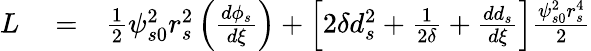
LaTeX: \begin{array}{rlr}{L}&{{}=}&{\frac{1}{2}\psi_{s0}^{2}r_{s}^{2}\left(\frac{d\phi_{s}}{d\xi}\right)+\left[2\delta d_{s}^{2}+\frac{1}{2\delta}+\frac{dd_{s}}{d\xi}\right]\frac{\psi_{s0}^{2}r_{s}^{4}}{2}}\end{array}